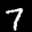
Label: 7